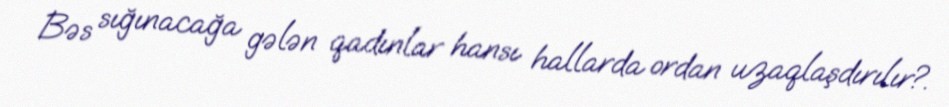
Bəs sığınacağa gələn qadınlar hansı hallarda ordan uzaqlaşdırılır?.